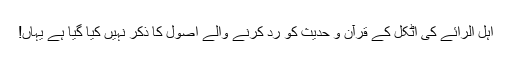
اہل الرائے کی اٹکل کے قرآن و حدیث کو رد کرنے والے اصول کا ذکر نہیں کیا گیا ہے یہاں!